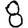
Digit: 8